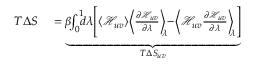
\begin{array} { r l } { T \Delta S } & { { } = \underbrace { \beta \! \! \int _ { 0 } ^ { 1 } \! \! \! d \lambda \! \left[ \langle \mathcal { H } _ { u v } \rangle \! \left\langle \frac { \partial \mathcal { H } _ { u v } } { \partial \lambda } \right\rangle _ { \! \! \lambda } \! \! - \! \left\langle \mathcal { H } _ { u v } \frac { \partial \mathcal { H } _ { u v } } { \partial \lambda } \right\rangle _ { \! \! \lambda } \right] } _ { T \Delta S _ { u v } } } \end{array}